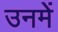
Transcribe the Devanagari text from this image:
उनमेें